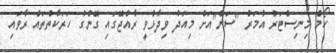
ހޯމް މިނިސްޓަރު އުމަރު "ސަން"އަށް މިއަދު ވިދާޅުވީ ރާއްޖޭގައި ގޭންގު ހަރަކާތްތައް ރާވައި